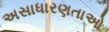
અસાધારણતાઓ